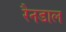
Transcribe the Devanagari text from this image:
रैनडाल